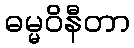
ဓမ္မဝိနီတာ